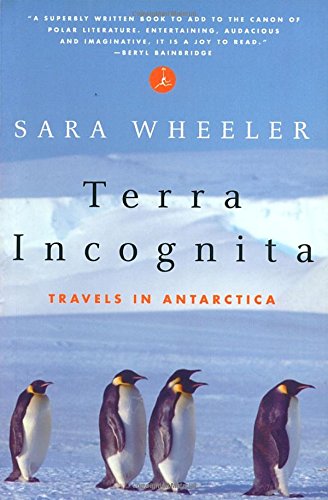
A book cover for Terra Incognita: Travels in Antarctica; Sara Wheeler; Travel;